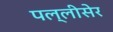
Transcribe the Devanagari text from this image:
पल्लीसेर